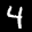
Label: 4